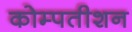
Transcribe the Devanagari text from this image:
कोम्पतीशन